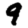
Digit: 9